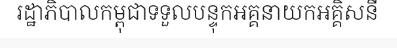
រដ្ឋាភិបាលកម្ពុជាទទួលបន្ទុកអគ្គនាយកអគ្គិសនី